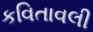
કવિતાવલી